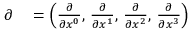
\begin{array} { r l } { { \boldsymbol { \partial } } } & { { } = \left( { \frac { \partial } { \partial x ^ { 0 } } } , \, { \frac { \partial } { \partial x ^ { 1 } } } , \, { \frac { \partial } { \partial x ^ { 2 } } } , \, { \frac { \partial } { \partial x ^ { 3 } } } \right) } \end{array}